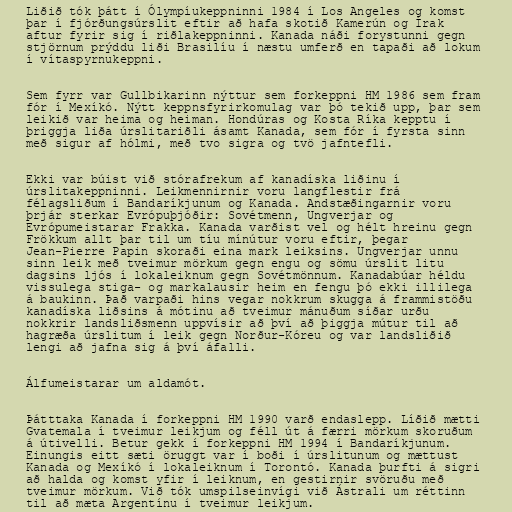
Liðið tók þátt í Ólympíukeppninni 1984 í Los Angeles og komst
þar í fjórðungsúrslit eftir að hafa skotið Kamerún og Írak
aftur fyrir sig í riðlakeppninni. Kanada náði forystunni gegn
stjörnum prýddu liði Brasilíu í næstu umferð en tapaði að lokum
í vítaspyrnukeppni.

Sem fyrr var Gullbikarinn nýttur sem forkeppni HM 1986 sem fram
fór í Mexíkó. Nýtt keppnsfyrirkomulag var þó tekið upp, þar sem
leikið var heima og heiman. Hondúras og Kosta Ríka kepptu í
þriggja liða úrslitariðli ásamt Kanada, sem fór í fyrsta sinn
með sigur af hólmi, með tvo sigra og tvö jafntefli.

Ekki var búist við stórafrekum af kanadíska liðinu í
úrslitakeppninni. Leikmennirnir voru langflestir frá
félagsliðum í Bandaríkjunum og Kanada. Andstæðingarnir voru
þrjár sterkar Evrópuþjóðir: Sovétmenn, Ungverjar og
Evrópumeistarar Frakka. Kanada varðist vel og hélt hreinu gegn
Frökkum allt þar til um tíu mínútur voru eftir, þegar
Jean-Pierre Papin skoraði eina mark leiksins. Ungverjar unnu
sinn leik með tveimur mörkum gegn engu og sömu úrslit litu
dagsins ljós í lokaleiknum gegn Sovétmönnum. Kanadabúar héldu
vissulega stiga- og markalausir heim en fengu þó ekki illilega
á baukinn. Það varpaði hins vegar nokkrum skugga á frammistöðu
kanadíska liðsins á mótinu að tveimur mánuðum síðar urðu
nokkrir landsliðsmenn uppvísir að því að þiggja mútur til að
hagræða úrslitum í leik gegn Norður-Kóreu og var landsliðið
lengi að jafna sig á því áfalli.

Álfumeistarar um aldamót.

Þátttaka Kanada í forkeppni HM 1990 varð endaslepp. Líðið mætti
Gvatemala í tveimur leikjum og féll út á færri mörkum skoruðum
á útivelli. Betur gekk í forkeppni HM 1994 í Bandaríkjunum.
Einungis eitt sæti öruggt var í boði í úrslitunum og mættust
Kanada og Mexíkó í lokaleiknum í Torontó. Kanada þurfti á sigri
að halda og komst yfir í leiknum, en gestirnir svöruðu með
tveimur mörkum. Við tók umspilseinvígi við Ástrali um réttinn
til að mæta Argentínu í tveimur leikjum.